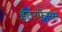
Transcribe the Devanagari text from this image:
इंटरफेसस